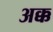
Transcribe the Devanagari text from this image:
अक्क